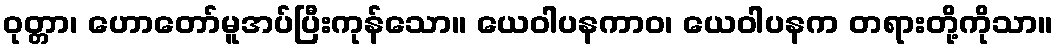
ဝုတ္တာ၊ ဟောတော်မူအပ်ပြီးကုန်သော။ ယေဝါပနကာဝ၊ ယေဝါပနက တရားတို့ကိုသာ။